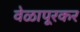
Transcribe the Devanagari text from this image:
वेळापूरकर